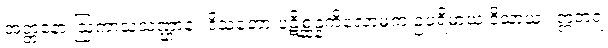
အတ္တနော ဩကာသသဏ္ဌာနံ။ ဒိသတော ပဋိစ္ဆန္နကိလောမကံ ဥပရိမာယ ဒိသာယ။ ဣတရံ